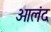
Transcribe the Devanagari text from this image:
ओलंद